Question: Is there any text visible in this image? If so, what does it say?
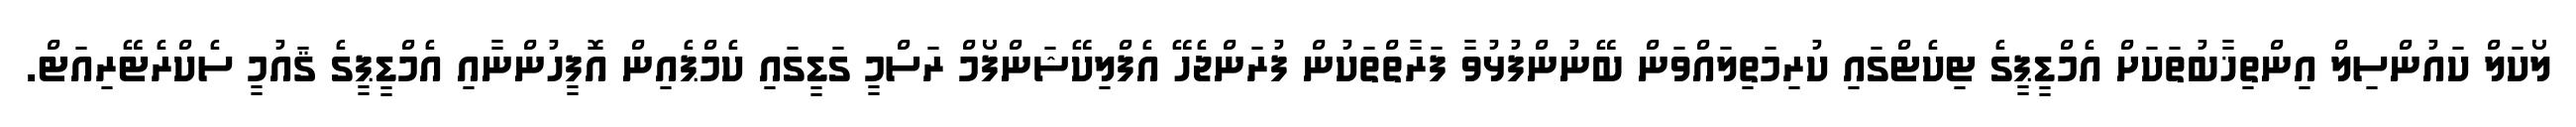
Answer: ލޯކަލް ކައުންސިލް އިންތިޚާބުތަކަށް އެމްޑީޕީގެ ޓިކެޓްގައި ކުރިމަތިލައްވަން ބޭނުންފުޅުވާ ފަރާތްތަކުން ފުރަންޖެހޭ އެފްލިކޭޝަންފޯމް ރަސްމީ ގަޑީގައި ކެމްޕެއިން އޮފީހުންނާއި އެމްޑީޕީގެ ޤައުމީ ސެކްރެޓޭރިއަޓް.